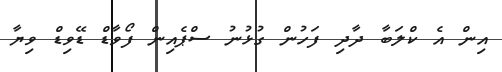
އިން އެ ކްލަބާ ދާދި ފަހުން ގުޅުނު ސްޕެއިން ފޯވާޑް ޑޭވިޑް ވިޔާ